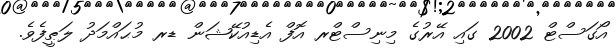
އޯގަސްޓް 2002 ގައި އޭރުގެ މިނިސްޓްރ އޮފް އެޑިއުކޭޝަން ޑރ މުޙައްމަދު ލަޠީފެވެ.